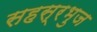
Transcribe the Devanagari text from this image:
सहस्रभुज